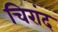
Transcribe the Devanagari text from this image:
चिरांद